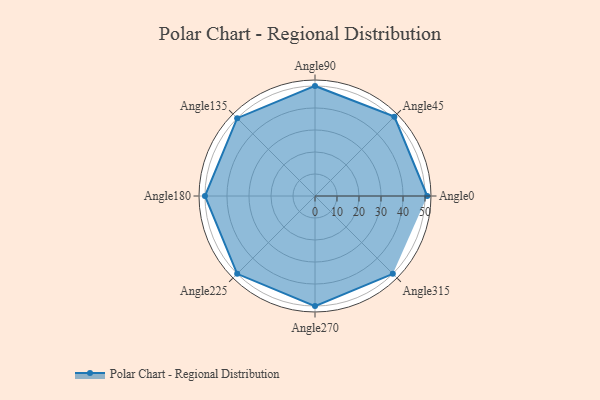
{"axis": {"x": "Angle", "y": "Radius"}, "legend": [""], "data": [{"x": "Angle0", "y": 51.0, "type": ""}, {"x": "Angle45", "y": 51.0, "type": ""}, {"x": "Angle90", "y": 50, "type": ""}, {"x": "Angle135", "y": 50, "type": ""}, {"x": "Angle180", "y": 50, "type": ""}, {"x": "Angle225", "y": 50, "type": ""}, {"x": "Angle270", "y": 50, "type": ""}, {"x": "Angle315", "y": 50, "type": ""}]}